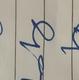
Signature authenticity: genuine